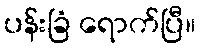
ပန်းခြံ ရောက်ပြီ။